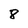
Character: 8